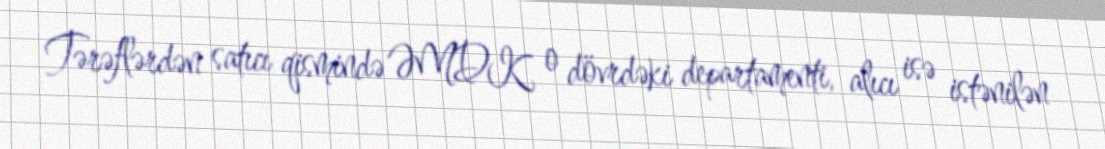
Tərəflərdən satıcı qismində ƏMDK o dövrdəki departamenti, alıcı isə istənilən